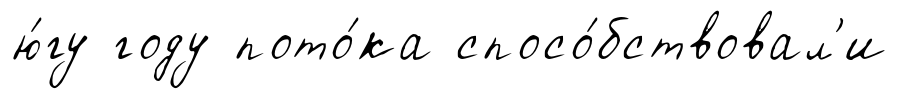
ю́гу году пото́ка спосо́бствовал'и